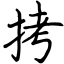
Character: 拷